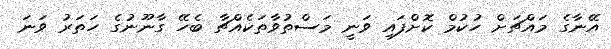
އޭނާގެ މައްޗަށް ހުކުމް ކޮށްފައި ވަނީ މަސްތުވާތަކެއްޗާ ބެހޭ ގާނޫނުގެ ހަތަރު ވަނަ